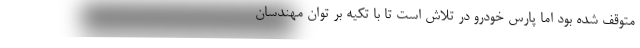
متوقف شده بود اما پارس خودرو در تلاش است تا با تکیه بر توان مهندسان